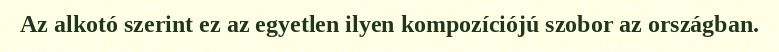
Az alkotó szerint ez az egyetlen ilyen kompozíciójú szobor az országban.